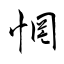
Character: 惘